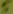
Text: 5